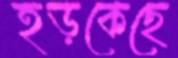
হড়কেছে